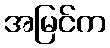
အမြင်က